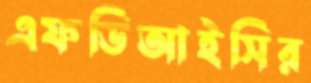
এফডিআইসির